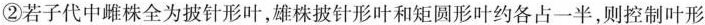
②若子代中雌株全为披针形叶，雄株披针形叶和矩圆形叶约各占一半，则控制叶形